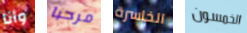
وأنا مرحبا الخاسرة الخمسون